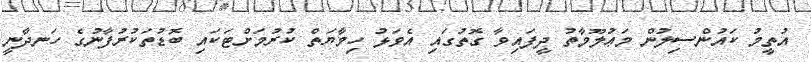
އުތީމު ކައުންސިލުން މަޢުލޫމާތު ދީފައިވާ ގޮތުގައި އެވަޅު ހިމާޔަތް ކުރުމަށްޓަކައި ބޮޑުތަކުރުފާނުގެ ހަނދާނީ